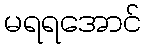
မရရအောင်